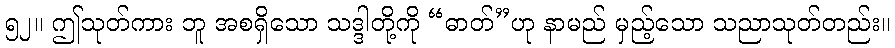
၅၂။ ဤသုတ်ကား ဘူ အစရှိသော သဒ္ဒါတို့ကို “ဓာတ်”ဟု နာမည် မှည့်သော သညာသုတ်တည်း။